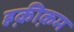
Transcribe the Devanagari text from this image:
हक़ीक़म